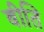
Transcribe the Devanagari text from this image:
बीति